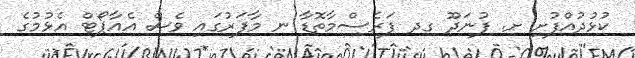
ކުޅުދުއްފުށި ށ. ފުނަދޫ ގދ ފަރެސްމާތޮޑާ ނ މާފަރުގައި ވެސް އެއާޕޯޓް އެޅުމުގެ